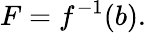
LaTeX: F=f^{-1}(b).